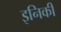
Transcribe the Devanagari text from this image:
इनिकी